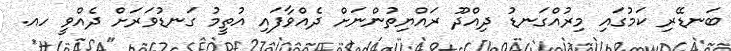
ބަނޑޭރި ކަމުގައި މިރުއްގަނޑު ދިއްދޫ ރައްޔިތުންނަށް ދެއްވާފައި އުތީމު ގަނޑުވަރަށް ދެއްވީ ހއ.